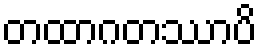
တထာဂတဿာပိ